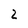
Character: 2